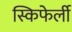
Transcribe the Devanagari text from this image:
स्किफेर्ली